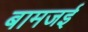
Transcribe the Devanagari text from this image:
बामजई